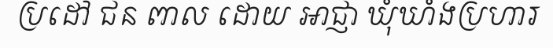
ប្រដៅ ជន ពាល ដោយ អាជ្ញា ឃុំឃាំងប្រហារ